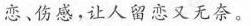
恋﹑伤感，让人留恋又无奈。